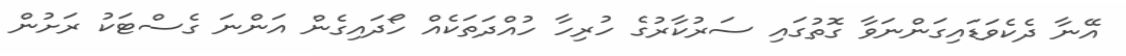
އޭނާ ދެކެވަޑައިގަންނަވާ ގޮތުގައި ސަރުކާރުގެ ހުރިހާ ހުއްދަތަކެއް ހޯދައިގެން އަންނަ ގެސްޓަކު ރަށުން